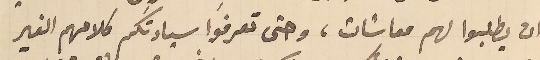
ان يطلبوا لهم معاشات، وحتى تعرفوا سيادتكم كلامهم الغير